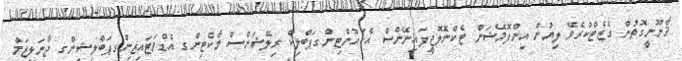
ޤާނޫނީގޮތުން ގެޒެޓްކުރެވޭ ލިޔުން އިންފޮމޭޝަން ޓެކްނޮލޮޖީފައިނޭންސް އެކައުންޓިންގޕަބްލިކް ރިލޭޝަންސް މާކެޓިންގ އެޑްވަޓައިޒިންގޕަބްލިޝިންގ ޖާނަލިޒަމް